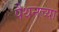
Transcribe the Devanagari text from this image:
पैथनच्या